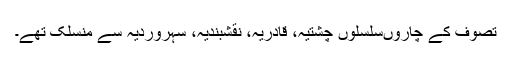
تصوف کے چاروںسلسلوں چشتیہ، قادریہ، نقشبندیہ، سہروردیہ سے منسلک تھے۔